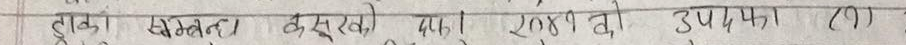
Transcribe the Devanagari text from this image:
डा. वखत सुरखीका लागि २०४१ को उपाय (?)